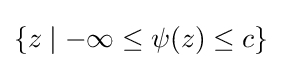
\{z\mid -\infty \leq \psi (z)\leq c\}